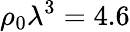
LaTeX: \rho_{0}\lambda^{3}=4.6